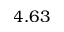
4 . 6 3